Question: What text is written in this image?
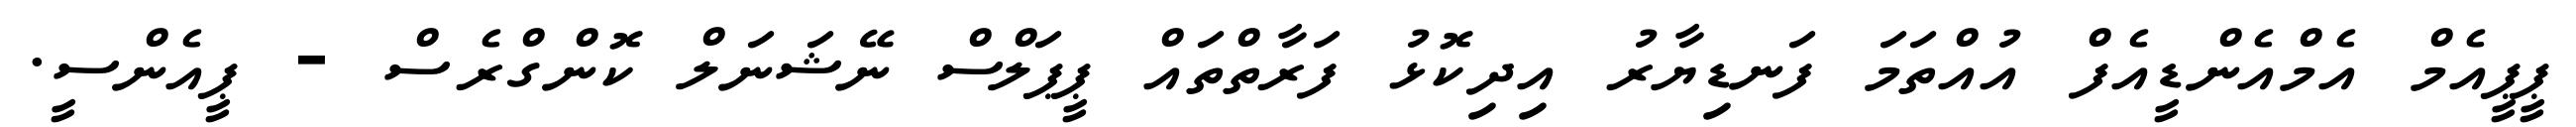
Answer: ޕީޕީއެމް އެމްއެންޑީއެފް އުއްތަމަ ފަނޑިޔާރު އިދިކޮޅު ފަރާތްތައް ޕީޕަލްސް ނޭޝަނަލް ކޮންގްރެސް - ޕީއެންސީ.